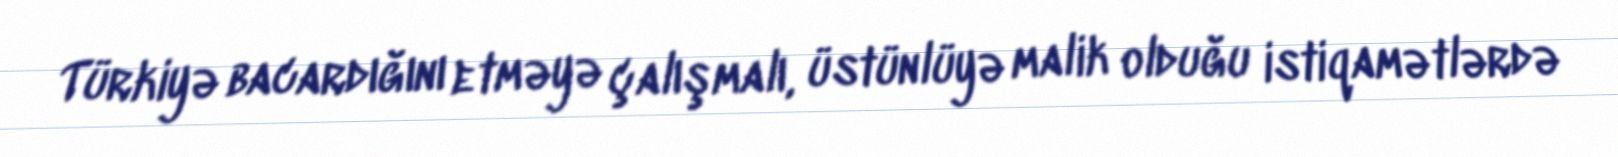
Türkiyə bacardığını etməyə çalışmalı, üstünlüyə malik olduğu istiqamətlərdə